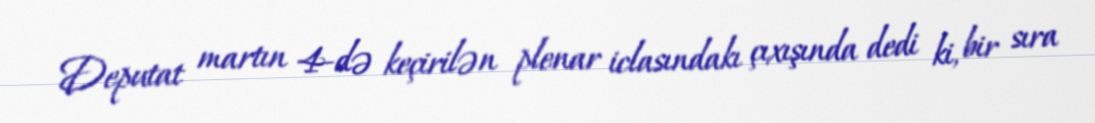
Deputat martın 4-də keçirilən plenar iclasındakı çıxışında dedi ki, bir sıra